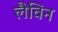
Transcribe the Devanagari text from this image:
लैविन